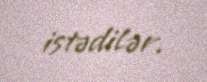
istədilər.